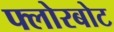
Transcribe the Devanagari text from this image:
फ्लोरबोट